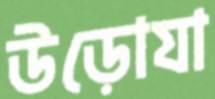
উড়োযা